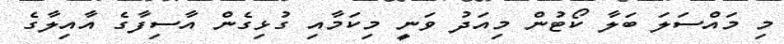
މި މައްސަލަ ބަލާ ކޯޓުން މިއަދު ވަނީ މިކަމާއި ގުޅިގެން އާސިފާގެ އާއިލާގެ